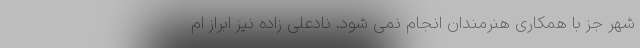
شهر جز با همکاری هنرمندان انجام نمی شود. نادعلی زاده نیز ابراز ام